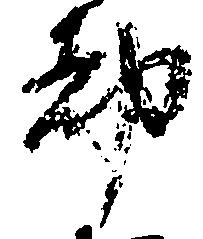
都